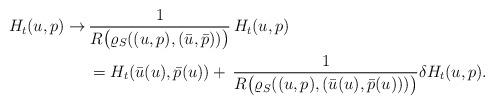
LaTeX: \begin{align*} H_t(u,p)\to \,&\frac{1}{R\big(\varrho_S((u,p),(\bar{u},\bar{p}))\big)}\,H_t(u,p)\\& = H_t(\bar{u}(u),\bar{p}(u))+\, \frac{1}{R\big(\varrho_S((u,p),(\bar{u}(u),\bar{p}(u)))\big)} \delta H_t(u,p). \end{align*}